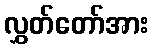
လွှတ်တော်အား